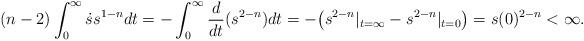
LaTeX: \begin{align*}(n-2)\int_0^\infty\dot s s^{1-n}dt=-\int_0^\infty \frac{d}{dt}(s^{2-n})dt=-\big(s^{2-n}|_{t=\infty}-s^{2-n}|_{t=0}\big)=s(0)^{2-n}<\infty.\end{align*}